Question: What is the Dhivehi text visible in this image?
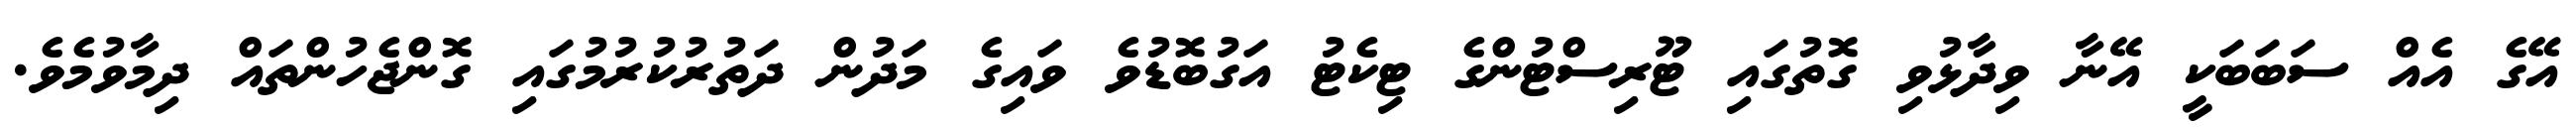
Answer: އޭގެ އެއް ސަބަބަކީ އޭނާ ވިދާޅުވި ގޮތުގައި ޓޫރިސްޓުންގެ ޓިކެޓު އަގުބޮޑުވެ ވައިގެ މަދުން ދަތުރުކުރުމުގައި ގޮންޖެހުންތައް ދިމާވުމެވެ.